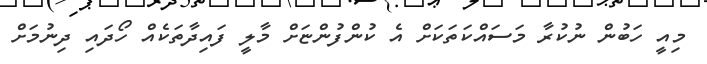
މިއީ ހަބުން ނުކުރާ މަސައްކަތަކަށް އެ ކުންފުންޏަށް މާލީ ފައިދާތަކެއް ހޯދައި ދިނުމަށް